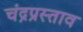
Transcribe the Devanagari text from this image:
चंद्रप्रस्ताव